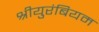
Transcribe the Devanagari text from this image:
श्रीयुरंबियम